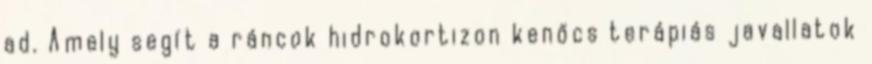
ad. Amely segít a ráncok hidrokortizon kenőcs terápiás javallatok